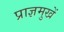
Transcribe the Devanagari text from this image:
प्राज्ञमुखें